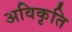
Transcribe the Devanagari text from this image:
अविकृति